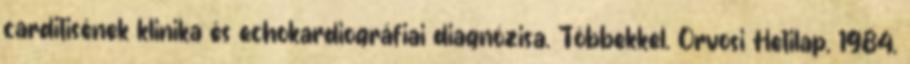
carditisének klinika és echokardiográfiai diagnózisa. Többekkel. Orvosi Hetilap, 1984.